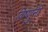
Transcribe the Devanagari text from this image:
विष्णुनी